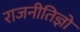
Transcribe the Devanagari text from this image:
राजनीतिज्ञो